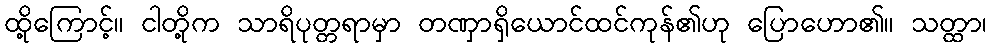
ထို့ကြောင့်။ ငါတို့က သာရိပုတ္တရာမှာ တဏှာရှိယောင်ထင်ကုန်၏ဟု ပြောဟော၏။ သတ္ထာ၊